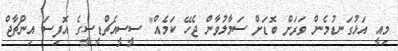
މިއީ އަޅުގަނޑުމެން ވަރަށް ބޮޑަށް ސަމާލުވާން ޖެހޭ ކަމެއް" ސީސީއެޗްޑީސީގެ އޮފިސަ އިންޗާޖް